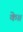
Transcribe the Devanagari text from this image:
के॥